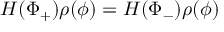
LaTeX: H ( \Phi _ { + } ) \rho ( \phi ) = H ( \Phi _ { - } ) \rho ( \phi )